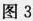
图3